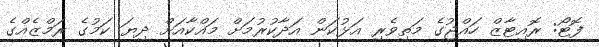
ފޮޓޯ: ރޮއިޓާޒް ހައްޖުގެ މަތިވެރި އަޅުކަން އަދާކުރުމަށް މައްކާއަށް ދިޔަ ކަމުގެ ރަމްޒެއްގެ